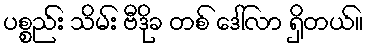
ပစ္စည်း သိမ်း ဗီဒိုခ တစ် ဒေါ်လာ ရှိတယ်။